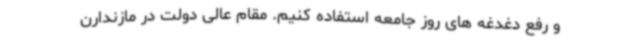
و رفع دغدغه های روز جامعه استفاده کنیم. مقام عالی دولت در مازندارن